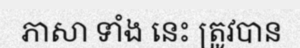
ភាសា ទាំង នេះ ត្រូវបាន